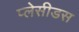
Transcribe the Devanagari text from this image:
प्लेसीडस